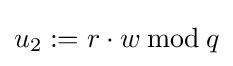
u_{2}:=r\cdot w\,{\bmod {\,}}q